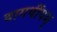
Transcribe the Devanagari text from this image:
वागर्थीयम्